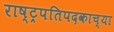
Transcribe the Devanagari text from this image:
राष्ट्रपतिपदकाच्या